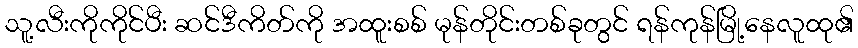
သူ့လီးကိုကိုင်ပီး ဆင်ဒီကိတ်ကို အထူးစစ် မုန်တိုင်းတစ်ခုတွင် ရန်ကုန်မြို့နေလူထု၏